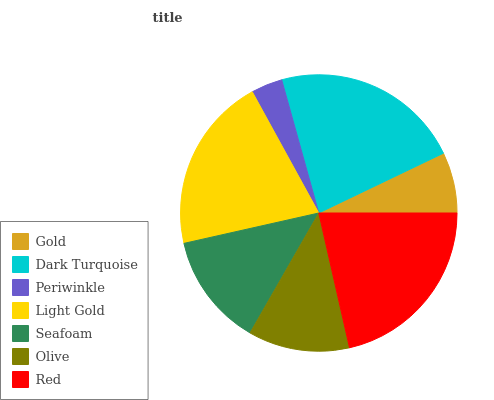
| Gold | Dark Turquoise | Periwinkle | Light Gold | Seafoam | Olive | Red |
 | --- | --- | --- | --- | --- | --- | --- |
 | 7.11% | 22.3% | 3.67% | 20.5% | 13.2% | 11.8% | 21.5% |